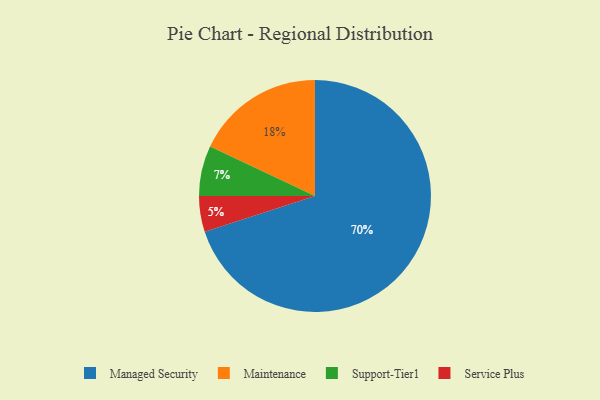
{"axis": {"x": "Category", "y": "Percentage"}, "legend": ["Maintenance", "Managed Security", "Service Plus", "Support-Tier1"], "data": [{"x": "Managed Security", "y": 70, "type": "Managed Security"}, {"x": "Maintenance", "y": 18, "type": "Maintenance"}, {"x": "Service Plus", "y": 5, "type": "Service Plus"}, {"x": "Support-Tier1", "y": 7, "type": "Support-Tier1"}]}